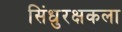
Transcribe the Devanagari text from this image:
सिंधुरक्षकला